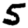
Digit: 5